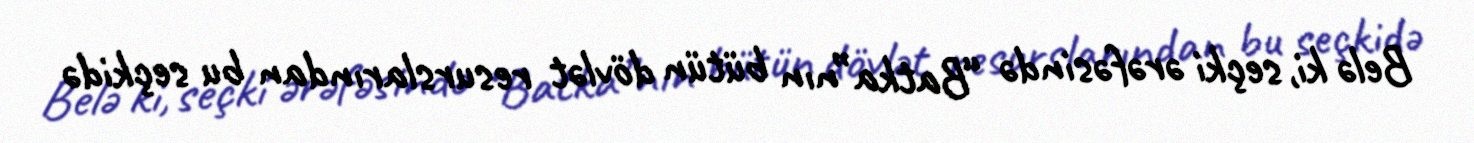
Belə ki, seçki ərəfəsində “Batka”nın bütün dövlət resurslarından bu seçkidə